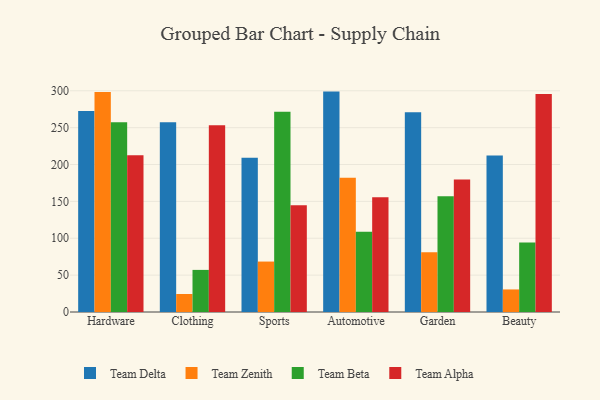
{"axis": {"x": "Category", "y": "Tickets Resolved"}, "legend": ["Team Alpha", "Team Beta", "Team Delta", "Team Zenith"], "data": [{"x": "Hardware", "y": 272.6, "type": "Team Delta"}, {"x": "Hardware", "y": 298.4, "type": "Team Zenith"}, {"x": "Hardware", "y": 257.5, "type": "Team Beta"}, {"x": "Hardware", "y": 212.5, "type": "Team Alpha"}, {"x": "Clothing", "y": 257.3, "type": "Team Delta"}, {"x": "Clothing", "y": 24.4, "type": "Team Zenith"}, {"x": "Clothing", "y": 57.1, "type": "Team Beta"}, {"x": "Clothing", "y": 253.4, "type": "Team Alpha"}, {"x": "Sports", "y": 209.2, "type": "Team Delta"}, {"x": "Sports", "y": 68.4, "type": "Team Zenith"}, {"x": "Sports", "y": 271.5, "type": "Team Beta"}, {"x": "Sports", "y": 144.7, "type": "Team Alpha"}, {"x": "Automotive", "y": 298.9, "type": "Team Delta"}, {"x": "Automotive", "y": 182.0, "type": "Team Zenith"}, {"x": "Automotive", "y": 108.9, "type": "Team Beta"}, {"x": "Automotive", "y": 155.7, "type": "Team Alpha"}, {"x": "Garden", "y": 270.8, "type": "Team Delta"}, {"x": "Garden", "y": 80.9, "type": "Team Zenith"}, {"x": "Garden", "y": 157.1, "type": "Team Beta"}, {"x": "Garden", "y": 179.7, "type": "Team Alpha"}, {"x": "Beauty", "y": 212.3, "type": "Team Delta"}, {"x": "Beauty", "y": 30.6, "type": "Team Zenith"}, {"x": "Beauty", "y": 94.2, "type": "Team Beta"}, {"x": "Beauty", "y": 295.6, "type": "Team Alpha"}]}